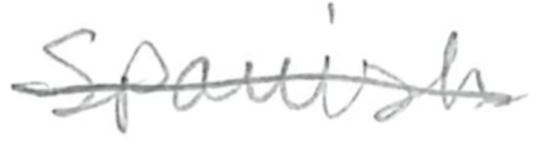
Text: Spanish
Cross-out: single-line
Writing tool: pencil